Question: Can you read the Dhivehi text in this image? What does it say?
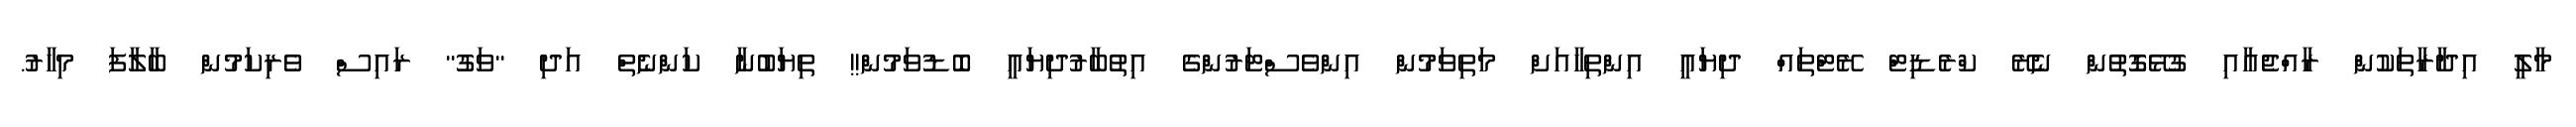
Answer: މާލީ އިދާރާތަކުން ރާއްޖެއާއި ގުޅޭގޮތުން ނެރޭ ކްރެޑިޓް ރޭޓްތައް ދިޔައީ އިންތިހާއަށް މަތިވަމުން އިންވެސްޓަރުންގެ އިތުބާރުދިޔައީ ބޮޑުވަމުން!! ތިޔަބުނާ ކަންނެތް އަދި "ވަގު" ރައިސް ވެރިކަމުން ބާލާފަ މިހާރު.